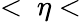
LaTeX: <~\eta<